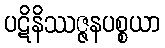
ပဋိနိဿဇ္ဇနပစ္စယာ